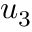
u _ { 3 }